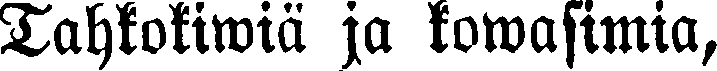
Tahkokiwiä ja kowasimia,